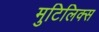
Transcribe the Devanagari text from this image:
मुटिलिक्स